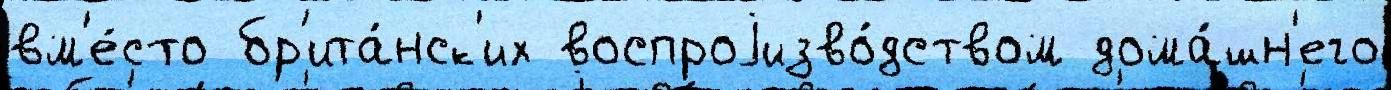
вм'е́сто бр'ита́нск'их воспроjизво́дством дома́шн'его